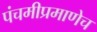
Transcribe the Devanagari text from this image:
पंचमीप्रमाणेच